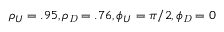
{ \rho _ { U } } = . 9 5 , { \rho _ { \mathit { D } } } = . 7 6 , { \phi _ { U } } = \pi / 2 , { \phi _ { \mathit { D } } } = 0